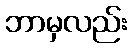
ဘာမှလည်း